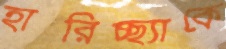
হারিচ্ছ্যাকে